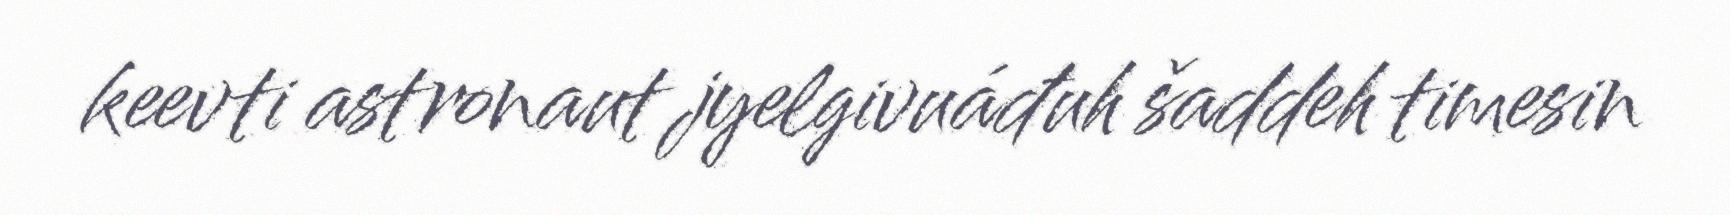
keevti astronaut jyelgivuáđuh šaddeh timesin